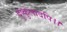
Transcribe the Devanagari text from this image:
दुष्कुलादपि।।